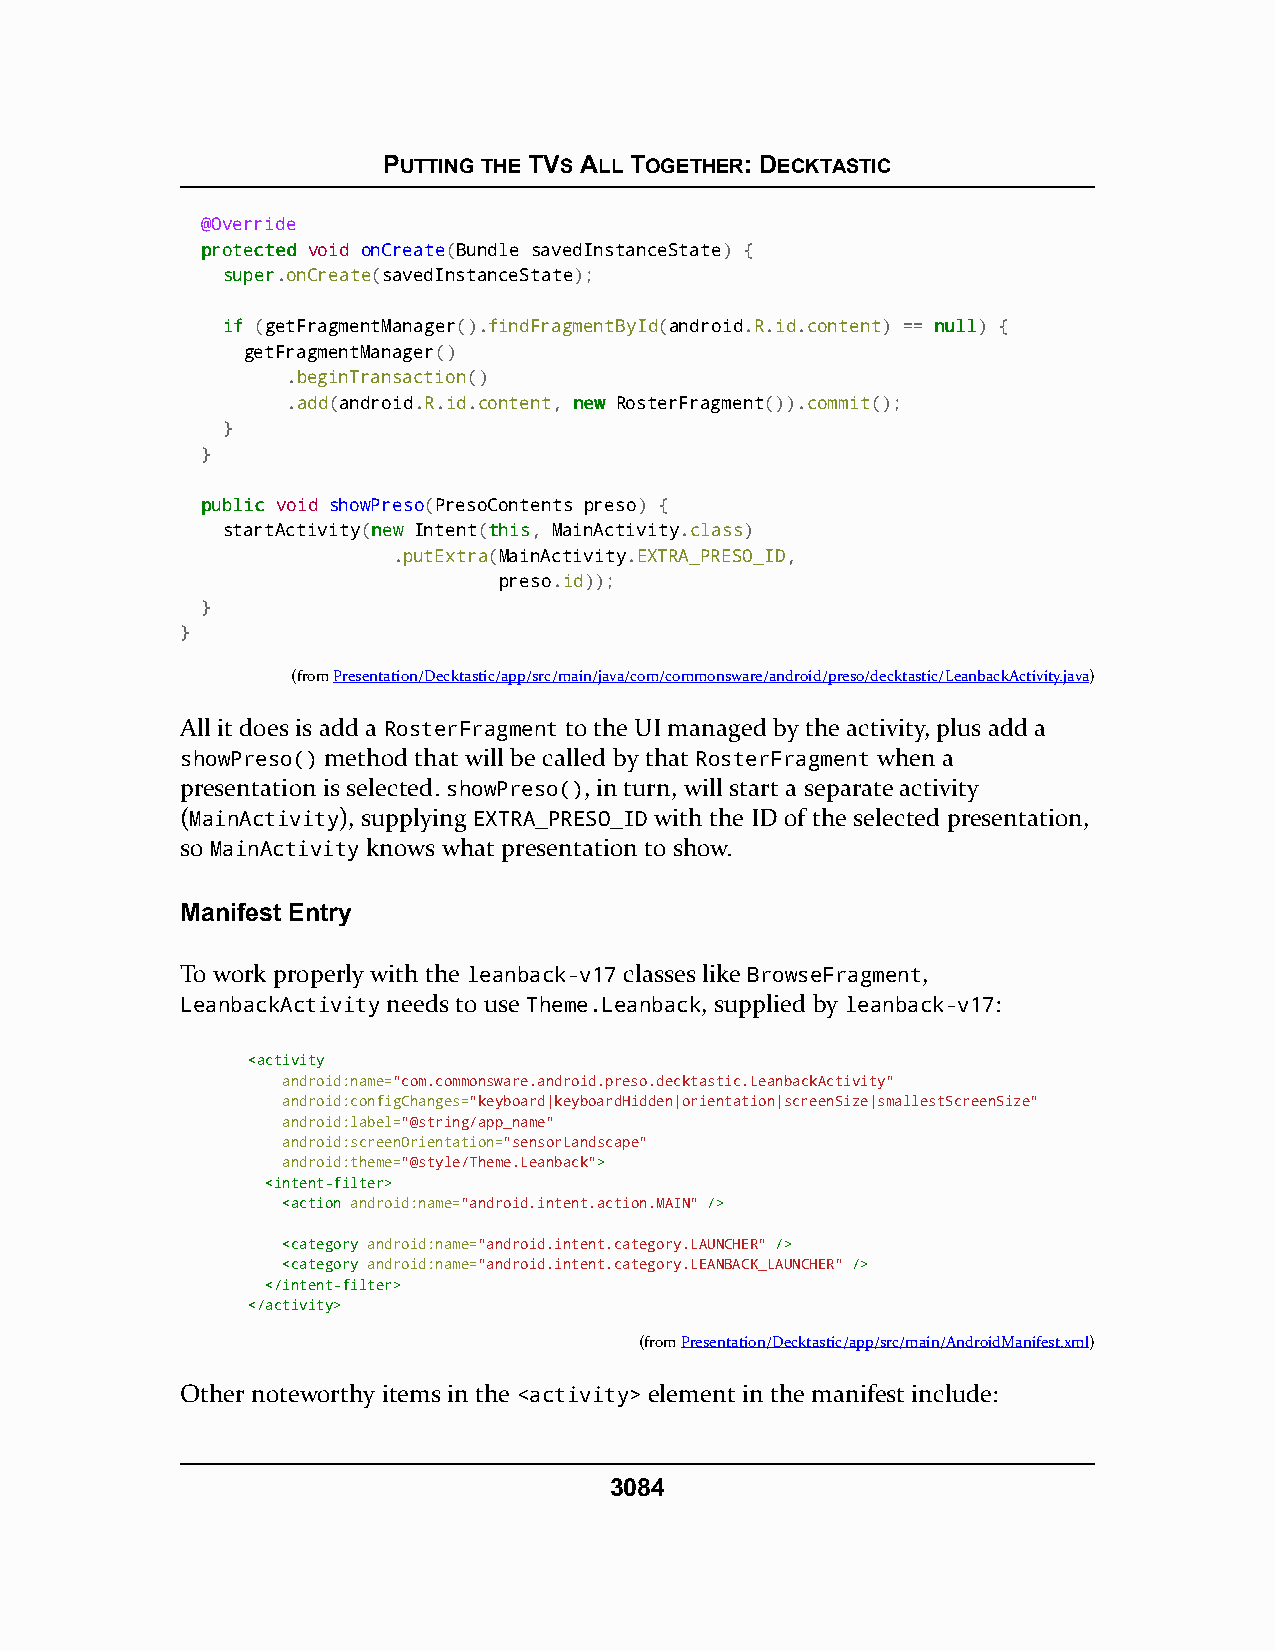
PUTTING THE TVS ALL TOGETHER: DECKTASTIC
 @Override
 pprrootteecctteedd void onCreate(Bundle savedInstanceState) {
 ssuuppeerr.onCreate(savedInstanceState);
 iiff (getFragmentManager().findFragmentById(android.R.id.content) == nnuullll) {
 getFragmentManager()
 .beginTransaction()
 .add(android.R.id.content, nneeww RosterFragment()).commit();
 }
 }
 ppuubblliicc void showPreso(PresoContents preso) {
 startActivity(nneeww Intent(tthhiiss, MainActivity.class)
 .putExtra(MainActivity.EXTRA_PRESO_ID,
 preso.id));
 }
 }
 (fromPresentation/Decktastic/app/src/main/java/com/commonsware/android/preso/decktastic/LeanbackActivity.java)
 All it does is add a RosterFragment to the UI managed by the activity, plus add a
 showPreso() method that will be called by that RosterFragment when a
 presentation is selected. showPreso(), in turn, will start a separate activity
 (MainActivity), supplying EXTRA_PRESO_ID with the ID of the selected presentation,
 so MainActivity knows what presentation to show.
 Manifest Entry
 To work properly with the leanback-v17 classes like BrowseFragment,
 LeanbackActivity needs to use Theme.Leanback, supplied by leanback-v17:
 <<aaccttiivviittyy
 android:name="com.commonsware.android.preso.decktastic.LeanbackActivity"
 android:configChanges="keyboard|keyboardHidden|orientation|screenSize|smallestScreenSize"
 android:label="@string/app_name"
 android:screenOrientation="sensorLandscape"
 android:theme="@style/Theme.Leanback">>
 <<iinntteenntt--ffiilltteerr>>
 <<aaccttiioonn android:name="android.intent.action.MAIN" //>>
 <<ccaatteeggoorryy android:name="android.intent.category.LAUNCHER" //>>
 <<ccaatteeggoorryy android:name="android.intent.category.LEANBACK_LAUNCHER" //>>
 <<//iinntteenntt--ffiilltteerr>>
 <<//aaccttiivviittyy>>
 (fromPresentation/Decktastic/app/src/main/AndroidManifest.xml)
 Other noteworthy items in the <activity> element in the manifest include:
 3084